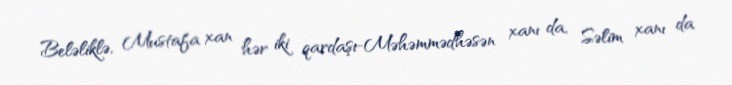
Beləliklə, Mustafa xan hər iki qardaşı-Məhəmmədhəsən xanı da, Səlim xanı da